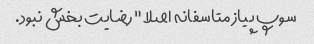
سوپ پیاز متاسفانه اصلا" رضایت بخش نبود.